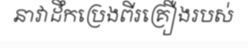
នាវាដឹកប្រេងពីរគ្រឿងរបស់